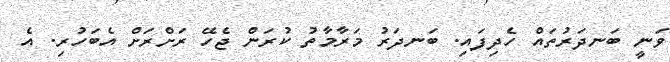
ވަނީ ބަނދަރުތައް ހެދިފައި. ބަނދަރު މަރާމާތު ކުރަން ޖެހޭ ރަށްރަށް އެބަހުރި. އެ